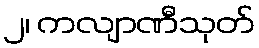
၂၊ ကလျာဏီသုတ်